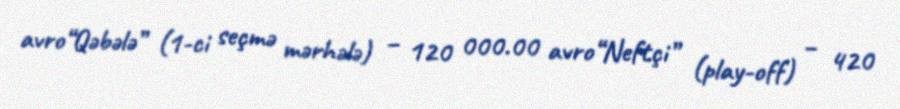
avro“Qəbələ” (1-ci seçmə mərhələ) – 120 000.00 avro“Neftçi” (play-off) – 420